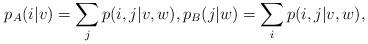
LaTeX: \begin{align*}p_A(i|v) = \sum_j p(i,j|v,w), p_B(j|w) = \sum_i p(i,j|v,w),\end{align*}